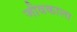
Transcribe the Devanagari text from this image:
जीवकाला